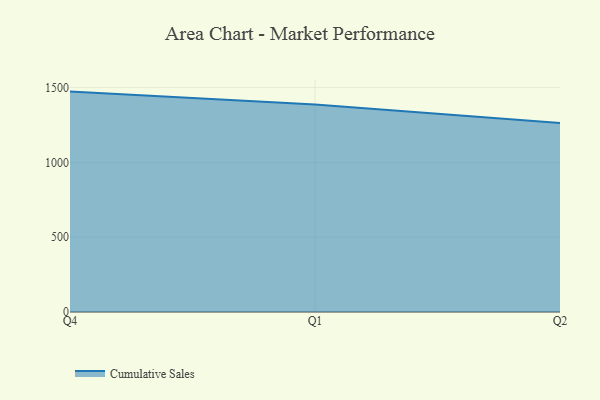
{"axis": {"x": "Quarter", "y": "Inventory Turnover"}, "legend": ["Cumulative Sales"], "data": [{"x": "Q4", "y": 1473.0, "type": "Cumulative Sales"}, {"x": "Q1", "y": 1387.6, "type": "Cumulative Sales"}, {"x": "Q2", "y": 1263.9, "type": "Cumulative Sales"}]}